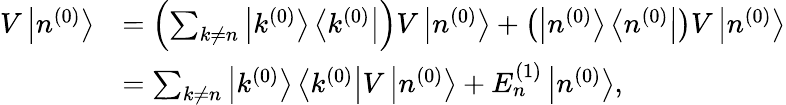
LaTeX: {\begin{array}{rl}{V\left|n^{(0)}\right\rangle}&{=\left(\sum_{k\neq n}\left|k^{(0)}\right\rangle\left\langle k^{(0)}\right|\right)V\left|n^{(0)}\right\rangle+\left(\left|n^{(0)}\right\rangle\left\langle n^{(0)}\right|\right)V\left|n^{(0)}\right\rangle}\\ &{=\sum_{k\neq n}\left|k^{(0)}\right\rangle\left\langle k^{(0)}\right|V\left|n^{(0)}\right\rangle+E_{n}^{(1)}\left|n^{(0)}\right\rangle,}\end{array}}